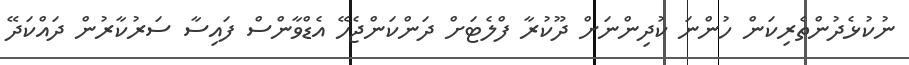
ނުކުޅެދުންތެރިކަން ހުންނަ ކުދިންނަށް ދޫކުރާ ފްލެޓަށް ދަންކަންޖެހޭ އެޑްވާންސް ފައިސާ ސަރުކާރުން ދައްކަދޭ